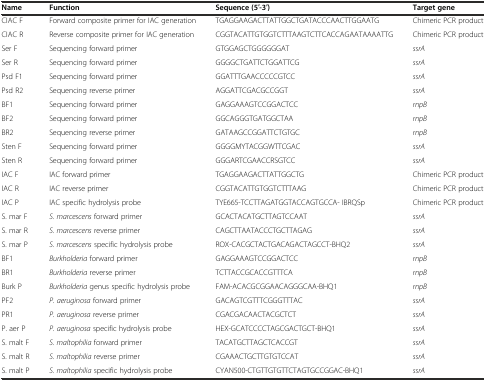
<table><thead><tr><td><b>Name</b></td><td><b>Function</b></td><td><b>Sequence (5′-3′)</b></td><td><b>Target gene</b></td></tr></thead><tbody><tr><td>CIAC F</td><td>Forward composite primer for IAC generation</td><td>TGAGGAAGACTTATTGGCTGATACCCAACTTGGAATG</td><td>Chimeric PCR product</td></tr><tr><td>CIAC R</td><td>Reverse composite primer for IAC generation</td><td>CGGTACATTGTGGTCTTTAAGTCTTCACCAGAATAAAATTG</td><td>Chimeric PCR product</td></tr><tr><td>Ser F</td><td>Sequencing forward primer</td><td>GTGGAGCTGGGGGGAT</td><td><i>ssrA</i></td></tr><tr><td>Ser R</td><td>Sequencing forward primer</td><td>GGGGCTGATTCTGGATTCG</td><td><i>ssrA</i></td></tr><tr><td>Psd F1</td><td>Sequencing forward primer</td><td>GGATTTGAACCCCCGTCC</td><td><i>ssrA</i></td></tr><tr><td>Psd R2</td><td>Sequencing reverse primer</td><td>AGGATTCGACGCCGGT</td><td><i>ssrA</i></td></tr><tr><td>BF1</td><td>Sequencing forward primer</td><td>GAGGAAAGTCCGGACTCC</td><td><i>rnpB</i></td></tr><tr><td>BF2</td><td>Sequencing forward primer</td><td>GGCAGGGTGATGGCTAA</td><td><i>rnpB</i></td></tr><tr><td>BR2</td><td>Sequencing reverse primer</td><td>GATAAGCCGGATTCTGTGC</td><td><i>rnpB</i></td></tr><tr><td>Sten F</td><td>Sequencing forward primer</td><td>GGGGMYTACGGWTTCGAC</td><td><i>ssrA</i></td></tr><tr><td>Sten R</td><td>Sequencing forward primer</td><td>GGGARTCGAACCRSGTCC</td><td><i>ssrA</i></td></tr><tr><td>IAC F</td><td>IAC forward primer</td><td>TGAGGAAGACTTATTGGCTG</td><td>Chimeric PCR product</td></tr><tr><td>IAC R</td><td>IAC reverse primer</td><td>CGGTACATTGTGGTCTTTAAG</td><td>Chimeric PCR product</td></tr><tr><td>IAC P</td><td>IAC specific hydrolysis probe</td><td>TYE665-TCCTTAGATGGTACCAGTGCCA- IBRQSp</td><td>Chimeric PCR product</td></tr><tr><td>S. mar F</td><td><i>S. marcescens</i> forward primer</td><td>GCACTACATGCTTAGTCCAAT</td><td><i>ssrA</i></td></tr><tr><td>S. mar R</td><td><i>S. marcescens</i> reverse primer</td><td>CAGCTTAATACCCTGCTTAGAG</td><td><i>ssrA</i></td></tr><tr><td>S. mar P</td><td><i>S. marcescens</i> specific hydrolysis probe</td><td>ROX-CACGCTACTGACAGACTAGCCT-BHQ2</td><td><i>ssrA</i></td></tr><tr><td>BF1</td><td><i>Burkholderia</i> forward primer</td><td>GAGGAAAGTCCGGACTCC</td><td><i>rnpB</i></td></tr><tr><td>BR1</td><td><i>Burkholderia</i> reverse primer</td><td>TCTTACCGCACCGTTTCA</td><td><i>rnpB</i></td></tr><tr><td>Burk P</td><td><i>Burkholderia</i> genus specific hydrolysis probe</td><td>FAM-ACACGCGGAACAGGGCAA-BHQ1</td><td><i>rnpB</i></td></tr><tr><td>PF2</td><td><i>P. aeruginosa</i> forward primer</td><td>GACAGTCGTTTCGGGTTTAC</td><td><i>ssrA</i></td></tr><tr><td>PR1</td><td><i>P. aeruginosa</i> reverse primer</td><td>CGACGACAACTACGCTCT</td><td><i>ssrA</i></td></tr><tr><td>P. aer P</td><td><i>P. aeruginosa</i> specific hydrolysis probe</td><td>HEX-GCATCCCCTAGCGACTGCT-BHQ1</td><td><i>ssrA</i></td></tr><tr><td>S. malt F</td><td><i>S. maltophilia</i> forward primer</td><td>TACATGCTTAGCTCACCGT</td><td><i>ssrA</i></td></tr><tr><td>S. malt R</td><td><i>S. maltophilia</i> reverse primer</td><td>CGAAACTGCTTGTGTCCAT</td><td><i>ssrA</i></td></tr><tr><td>S. malt P</td><td><i>S. maltophilia</i> specific hydrolysis probe</td><td>CYAN500-CTGTTGTGTTCTAGTGCCGGAC-BHQ1</td><td><i>ssrA</i></td></tr></tbody></table>